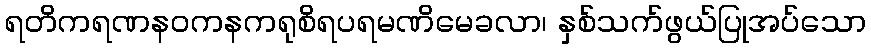
ရတိကရဏနဝကနကရုစိရပရမဏိမေခလာ၊ နှစ်သက်ဖွယ်ပြုအပ်သော